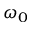
\omega _ { 0 }